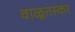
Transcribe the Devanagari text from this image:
वाळूतस्कर